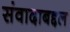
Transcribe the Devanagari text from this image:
संवादाबद्दल